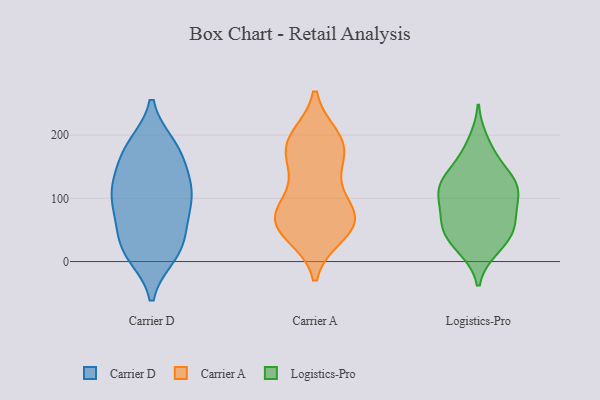
{"axis": {"x": "Conversion Rate (%)", "y": "Value"}, "legend": ["Carrier A", "Carrier D", "Logistics-Pro"], "data": [{"x": "", "y": 183, "type": "Carrier D"}, {"x": "", "y": 46, "type": "Carrier D"}, {"x": "", "y": 75, "type": "Carrier D"}, {"x": "", "y": 180, "type": "Carrier D"}, {"x": "", "y": 131, "type": "Carrier D"}, {"x": "", "y": 15, "type": "Carrier D"}, {"x": "", "y": 132, "type": "Carrier D"}, {"x": "", "y": 165, "type": "Carrier D"}, {"x": "", "y": 66, "type": "Carrier D"}, {"x": "", "y": 11, "type": "Carrier D"}, {"x": "", "y": 103, "type": "Carrier D"}, {"x": "", "y": 99, "type": "Carrier D"}, {"x": "", "y": 16, "type": "Carrier D"}, {"x": "", "y": 180, "type": "Carrier D"}, {"x": "", "y": 27, "type": "Carrier D"}, {"x": "", "y": 104, "type": "Carrier D"}, {"x": "", "y": 113, "type": "Carrier D"}, {"x": "", "y": 43, "type": "Carrier A"}, {"x": "", "y": 42, "type": "Carrier A"}, {"x": "", "y": 183, "type": "Carrier A"}, {"x": "", "y": 156, "type": "Carrier A"}, {"x": "", "y": 101, "type": "Carrier A"}, {"x": "", "y": 72, "type": "Carrier A"}, {"x": "", "y": 70, "type": "Carrier A"}, {"x": "", "y": 70, "type": "Carrier A"}, {"x": "", "y": 192, "type": "Carrier A"}, {"x": "", "y": 168, "type": "Carrier A"}, {"x": "", "y": 132, "type": "Carrier A"}, {"x": "", "y": 72, "type": "Carrier A"}, {"x": "", "y": 192, "type": "Carrier A"}, {"x": "", "y": 197, "type": "Carrier A"}, {"x": "", "y": 70, "type": "Carrier A"}, {"x": "", "y": 53, "type": "Carrier A"}, {"x": "", "y": 165, "type": "Logistics-Pro"}, {"x": "", "y": 119, "type": "Logistics-Pro"}, {"x": "", "y": 69, "type": "Logistics-Pro"}, {"x": "", "y": 127, "type": "Logistics-Pro"}, {"x": "", "y": 60, "type": "Logistics-Pro"}, {"x": "", "y": 54, "type": "Logistics-Pro"}, {"x": "", "y": 83, "type": "Logistics-Pro"}, {"x": "", "y": 116, "type": "Logistics-Pro"}, {"x": "", "y": 121, "type": "Logistics-Pro"}, {"x": "", "y": 189, "type": "Logistics-Pro"}, {"x": "", "y": 105, "type": "Logistics-Pro"}, {"x": "", "y": 47, "type": "Logistics-Pro"}, {"x": "", "y": 23, "type": "Logistics-Pro"}, {"x": "", "y": 43, "type": "Logistics-Pro"}, {"x": "", "y": 106, "type": "Logistics-Pro"}, {"x": "", "y": 21, "type": "Logistics-Pro"}, {"x": "", "y": 144, "type": "Logistics-Pro"}]}